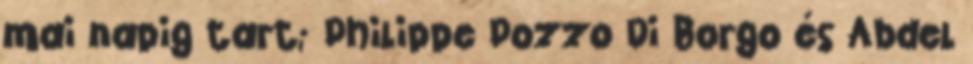
mai napig tart; Philippe Pozzo Di Borgo és Abdel